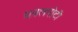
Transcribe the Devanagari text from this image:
धवलपोटी